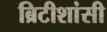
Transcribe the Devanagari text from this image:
ब्रिटीशांसी